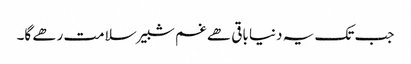
جب تک یہ دنیا باقی ھے غم شبیر سلامت رھے گا۔